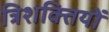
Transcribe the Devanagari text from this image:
त्रिशक्तियों